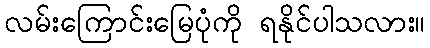
လမ်းကြောင်းမြေပုံကို ရနိုင်ပါသလား။